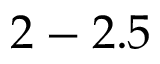
2 - 2 . 5